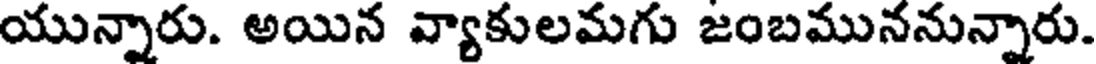
యున్నారు. అయిన వ్యాకులమగు జంబముననున్నారు.